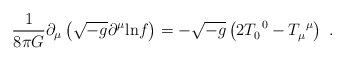
\begin{align*}\frac{1}{8 \pi G}\partial_\mu \left( \sqrt{-g} \partial^\mu {\rm ln} f \right) = - \sqrt{-g} \left( 2 T_0^{\ 0} - T_\mu^{\ \mu} \right)\ . \end{align*}